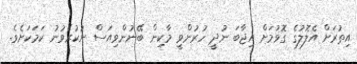
އިތުރަށް އެލޮލުގެ ގޮވުމަށް އިޖާބަ ނުދީ ހުރުންވީ މާކިން ބޭނުންވިއަސް ނުކުރެވުނު ކަމަކަށެވެ.